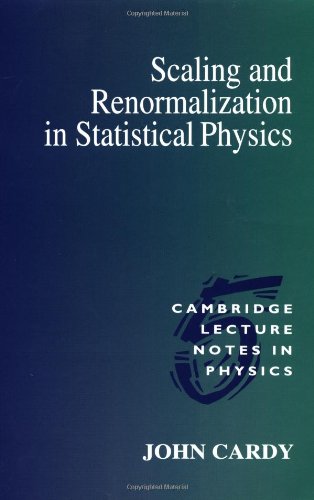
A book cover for Scaling and Renormalization in Statistical Physics (Cambridge Lecture Notes in Physics); John Cardy; Science & Math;